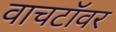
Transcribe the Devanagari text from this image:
वाचटॉवर